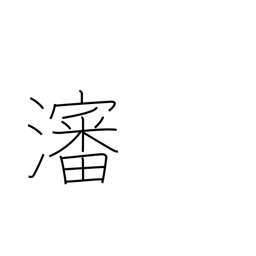
Meaning: broth